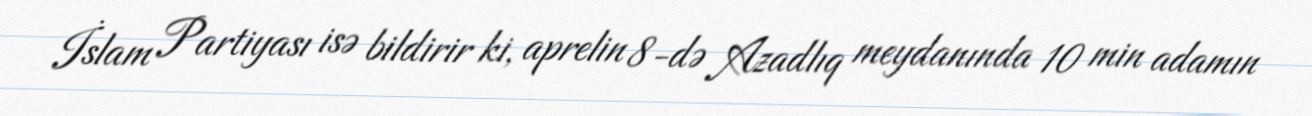
İslam Partiyası isə bildirir ki, aprelin 8-də Azadlıq meydanında 10 min adamın